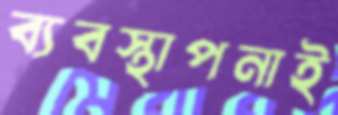
ব্যবস্থাপনাই